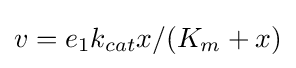
v=e_{1}k_{cat}x/(K_{m}+x)